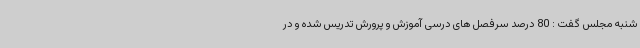
شنبه مجلس گفت : 80 درصد سرفصل های درسی آموزش و پرورش تدریس شده و در